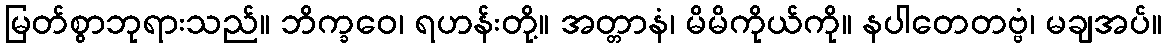
မြတ်စွာဘုရားသည်။ ဘိက္ခဝေ၊ ရဟန်းတို့။ အတ္တာနံ၊ မိမိကိုယ်ကို။ နပါတေတဗ္ဗံ၊ မချအပ်။